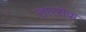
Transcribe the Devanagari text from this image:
तारसेवा